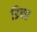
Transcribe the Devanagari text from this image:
डिबत